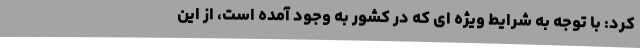
کرد: با توجه به شرایط ویژه ای که در کشور به وجود آمده است، از این